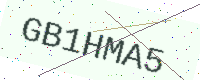
Text: GB1HMA5